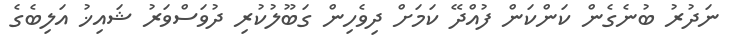
ނަދުރު ބުނެގެން ކަންކަން ފުއްދޭ ކަމަށް ދިވެހިން ގަބޫލުކުރި ދުވަސްވަރު ޝައިޚު އަލިބެގެ